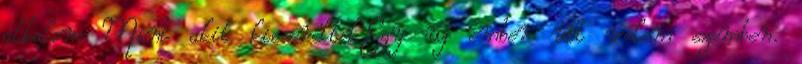
alkalom Mint akit kicseréltek.Egy új ember ült velem szemben.